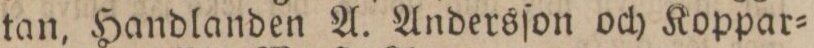
tan, Handlanden A. Andersſon och Koppar=